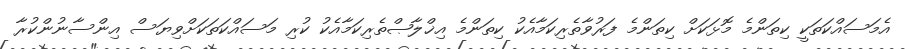
އެމަސައްކަތަކީ ކިތަންމެ މޮޅަކަށް ކިތަންމެ ފަރުވާތެރިކަމާއެކު ކިތަންމެ އިޚްލާޞްތެރިކަމާއެކު ކުރި މަސައްކަތަކަށްވިޔަސް އިންސާނުންކުރާ